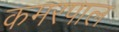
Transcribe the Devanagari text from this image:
कमरपाल